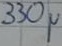
Text: 330µ